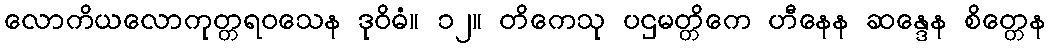
လောကိယလောကုတ္တရဝသေန ဒုဝိဓံ။ ၁၂။ တိကေသု ပဌမတ္တိကေ ဟီနေန ဆန္ဒေန စိတ္တေန